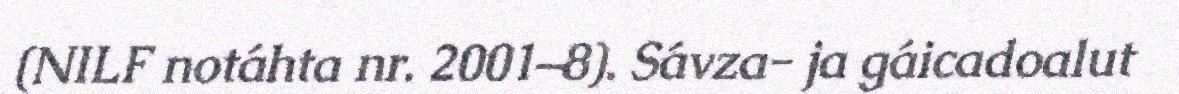
(NILF notáhta nr. 2001–8). Sávza- ja gáicadoalut